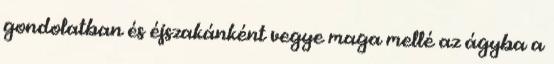
gondolatban és éjszakánként vegye maga mellé az ágyba a